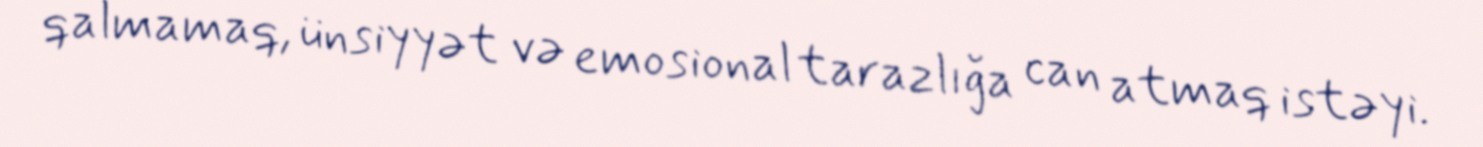
qalmamaq, ünsiyyət və emosional tarazlığa can atmaq istəyi.